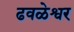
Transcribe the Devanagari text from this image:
ढवळेश्वर